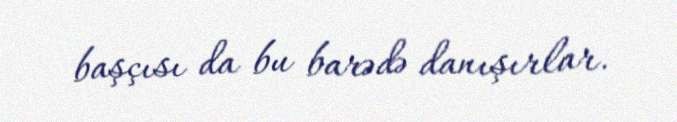
başçısı da bu barədə danışırlar.